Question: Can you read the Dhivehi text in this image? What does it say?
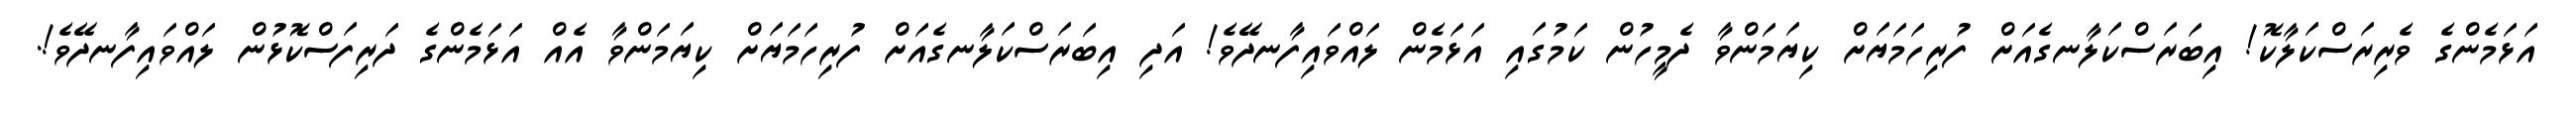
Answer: އަޅަމެންގެ ވެރިރަސްކަލާކޮ! އިބަރަސްކަލާނގެއަށް ފުރިހަމަޔަށް ކިޔަމަންވާ ދެމީހުން ކަމުގައި އަޅަމެން ލައްވައިފާނދޭވެ! އަދި އިބަރަސްކަލާނގެއަށް ފުރިހަމަޔަށް ކިޔަމަންވާ އެއް އަޅަމެންގެ ދަރިފަސްކޮޅުން ލައްވައިފާނދޭވެ!.